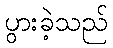
ပွားခဲ့သည်